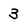
Character: 3